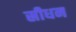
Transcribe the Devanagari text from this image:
स्रीधन